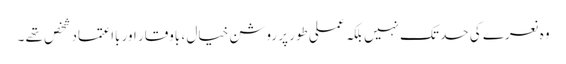
وہ نعرے کی حد تک نہیں بلکہ عملی طور پر روشن خیال ، باوقار اور بااعتماد شخص تھے ۔